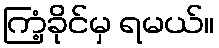
ကြံ့ခိုင်မှ ရမယ်။